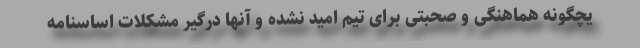
یچگونه هماهنگی و صحبتی برای تیم امید نشده و آنها درگیر مشکلات اساسنامه